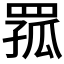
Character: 𦋆